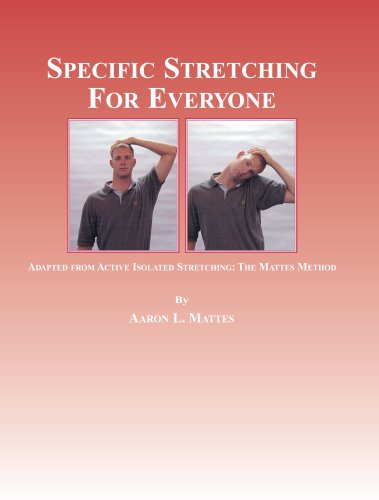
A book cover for Specific stretching for everyone; Aaron L Mattes; Health, Fitness & Dieting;